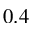
0 . 4